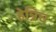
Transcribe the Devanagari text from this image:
हेन्रिच